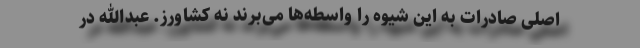
اصلی صادرات به این شیوه را واسطه‌ها می‌برند نه کشاورز. عبدالله در